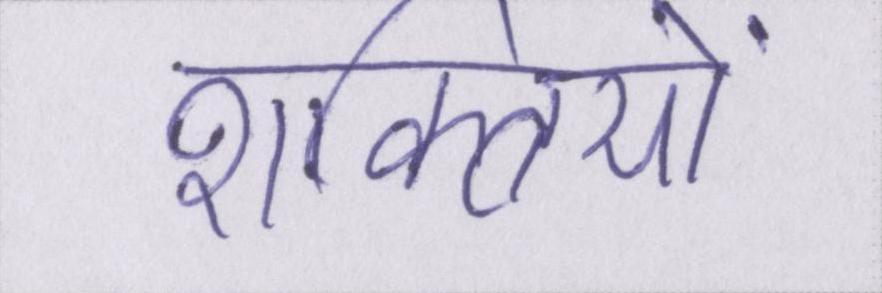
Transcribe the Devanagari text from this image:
शक्तियों